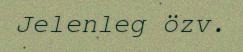
Jelenleg özv.